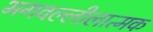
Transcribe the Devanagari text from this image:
भगवल्लीलात्मक